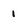
Character: 1